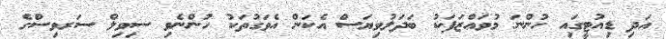
އަދި ޑިއުޓީގައި ހުންނަ މުވައްޒަފަކު ބަދަލުވިޔަސް އެކަން އެވަގުތަކު ހުންނެވި ސިވިލް ސަރވިސްގެ